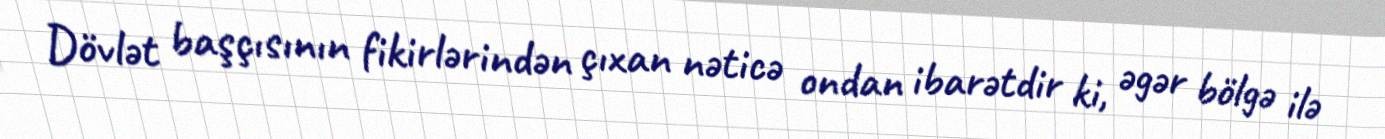
Dövlət başçısının fikirlərindən çıxan nəticə ondan ibarətdir ki, əgər bölgə ilə